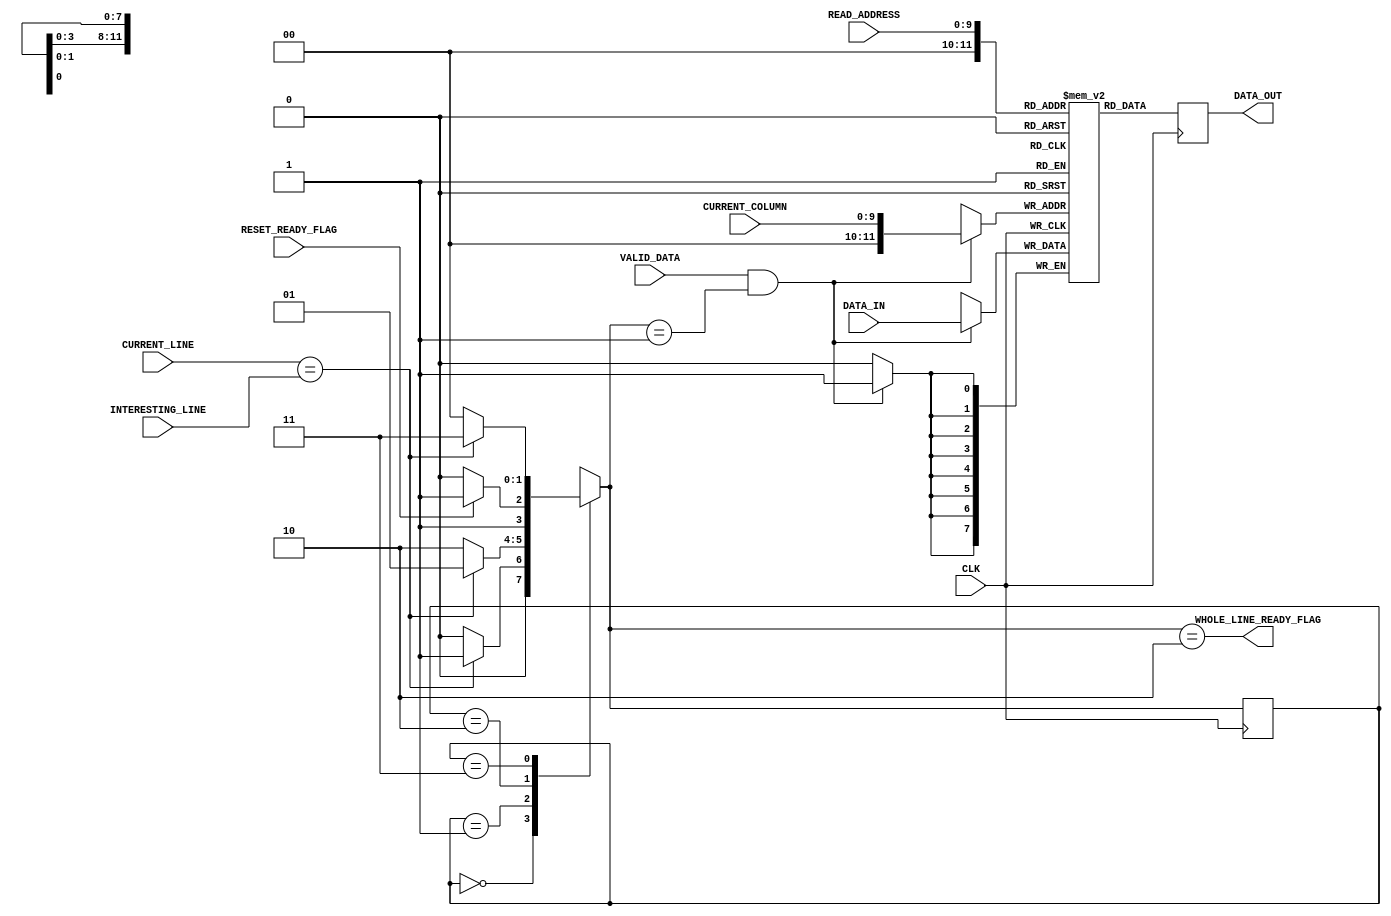
module line_buffer #(parameter H = 752, parameter V = 480) ( 
	input CLK,
	input VALID_DATA,
	input [$clog2(H)-1:0] CURRENT_COLUMN,
	input [$clog2(V)-1:0] CURRENT_LINE,
	input [$clog2(V)-1:0] INTERESTING_LINE,
	input [7:0] DATA_IN,
	input [$clog2(H)-1:0] READ_ADDRESS,
	input RESET_READY_FLAG,
	output WHOLE_LINE_READY_FLAG,
	output reg [7:0] DATA_OUT);

reg [7:0] mem[2250:0];


localparam UNINTERESTED = 2'b00;
localparam RECORDING    = 2'b01;
localparam READY        = 2'b10;
localparam UNCLEAN      = 2'b11;

reg [1:0] prev_state = UNCLEAN;

reg [1:0] state;

always @ (*)
begin 
	case(prev_state)
		UNINTERESTED: state = (line_is_interesting ? RECORDING : UNINTERESTED);
		RECORDING:    state = (line_is_interesting ? RECORDING : READY); 
		READY:        state = (RESET_READY_FLAG    ? UNCLEAN   : READY);
		UNCLEAN:      state = (line_is_interesting ? UNCLEAN   : UNINTERESTED);
	endcase
end

always @ (posedge CLK)
begin
	prev_state <= state;
end

assign WHOLE_LINE_READY_FLAG = (state == READY);

wire line_is_interesting = (CURRENT_LINE==INTERESTING_LINE);


wire [$clog2(H)-1:0] read_address = READ_ADDRESS;
wire [$clog2(H)-1:0] write_address = CURRENT_COLUMN;

always @(posedge CLK) begin
	if(VALID_DATA && state == RECORDING)
	begin
		DATA_OUT <= mem[read_address];
		mem[write_address] <= DATA_IN;
	end
	else
		DATA_OUT <= mem[read_address];
end

endmodule